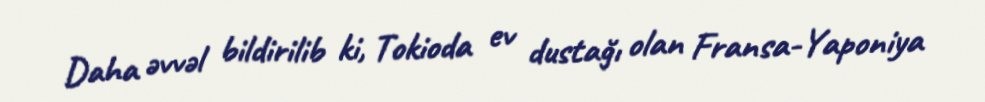
Daha əvvəl bildirilib ki, Tokioda ev dustağı olan Fransa-Yaponiya